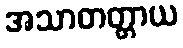
အသာတတ္တာယ